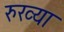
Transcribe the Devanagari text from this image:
रुख्या